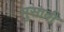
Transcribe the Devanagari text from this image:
मुसावी